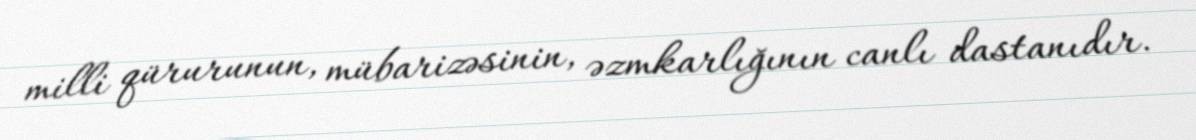
milli qürurunun, mübarizəsinin, əzmkarlığının canlı dastanıdır.